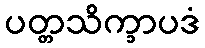
ပတ္တသိက္ခာပဒံ